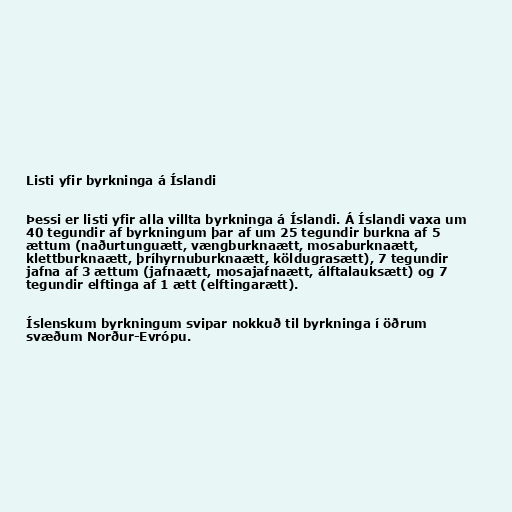
Listi yfir byrkninga á Íslandi

Þessi er listi yfir alla villta byrkninga á Íslandi. Á Íslandi vaxa um
40 tegundir af byrkningum þar af um 25 tegundir burkna af 5
ættum (naðurtunguætt, vængburknaætt, mosaburknaætt,
klettburknaætt, þríhyrnuburknaætt, köldugrasætt), 7 tegundir
jafna af 3 ættum (jafnaætt, mosajafnaætt, álftalauksætt) og 7
tegundir elftinga af 1 ætt (elftingarætt).

Íslenskum byrkningum svipar nokkuð til byrkninga í öðrum
svæðum Norður-Evrópu.